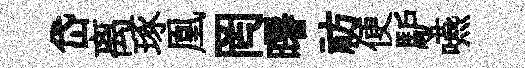
岱离琢凰罔曙祊便馿嚥